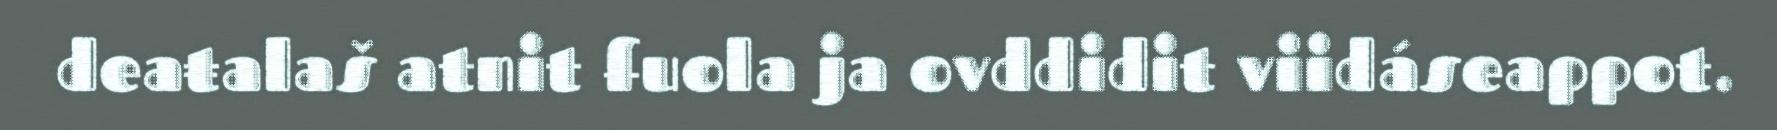
deaŧalaš atnit fuola ja ovddidit viidáseappot.